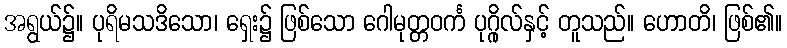
အရွယ်၌။ ပုရိမသဒိသော၊ ရှေး၌ ဖြစ်သော ဂေါမုတ္တဝင်္က ပုဂ္ဂိုလ်နှင့် တူသည်။ ဟောတိ၊ ဖြစ်၏။